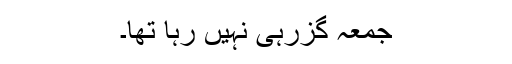
جمعہ گزرہی نہیں رہا تھا۔